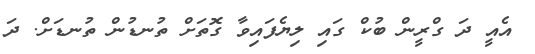
އެއީ ދަ ގްރީން ބުކް ގައި ލިޔެފައިވާ ގޮތަށް ތުނޑުން ތުނޑަށް. ދަ